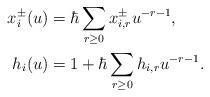
LaTeX: \begin{align*}x_i^{\pm}(u) &= \hbar \sum_{r \geq 0} x_{i,r}^{\pm} u^{-r-1}, \\h_i(u) &= 1 + \hbar \sum_{r \geq 0} h_{i,r} u^{-r-1}.\end{align*}